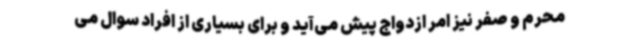
محرم و صفر نیز امر ازدواج پیش می‌آید و برای بسیاری از افراد سوال می